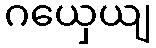
ဂယှေယျ